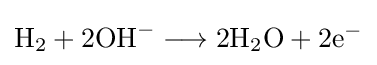
\mathrm {H} _{2}+\mathrm {2OH} ^{-}\longrightarrow \mathrm {2H} _{2}\mathrm {O} +\mathrm {2e} ^{-}